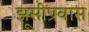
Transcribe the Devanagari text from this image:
झूसीप्रवास